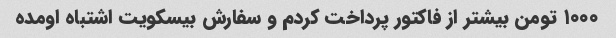
۱۰۰۰ تومن بیشتر از فاکتور پرداخت کردم و سفارش بیسکویت اشتباه اومده